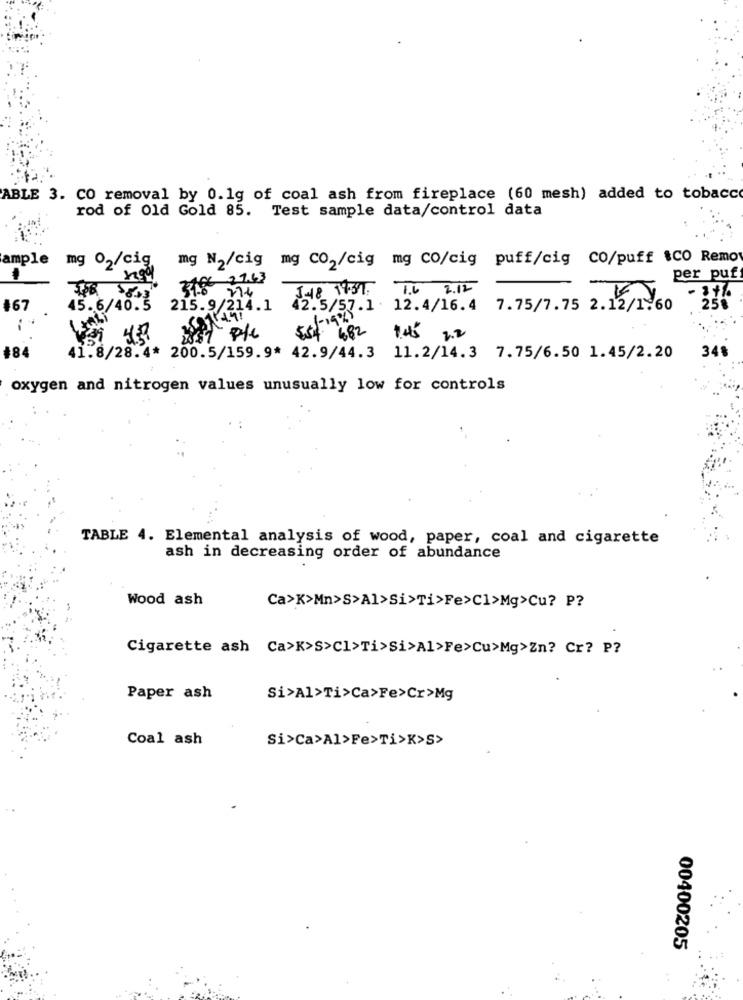
ABLE 3. CO removal by 0.1g of coal ash from fireplace (60 mesh) added to tobacco
rod of Old Gold 85. Test sample data/control data
mg N2/cig mg Co2/cig mg co/cig puff/cig CO/puff $CO Remos
ample mg 02/cig
31.86 27.63
11
per puff
270
J.48 14:31. 7.6 2.12
2581-774.1
#67
45.6/40.5
215.9
42.5/57.1 . 12.4/16.4 7.75/7.75 2.12/1.60
258
$54 4.82 1.45 2.2
#84
41.8/28.4* 200.5/159.9* 42.9/44.3 11.2/14.3 7.75/6.50 1.45/2.20
348
oxygen and nitrogen values unusually low for controls
TABLE 4. Elemental analysis of wood, paper, coal and cigarette
ash in decreasing order of abundance
Wood ash
Ca>K>Mn>S>Al>Si>Ti>Fe>C1>Mg>Cu? P?
Cigarette ash Ca>K>S>Cl>Ti>Si>Al>Fe>Cu>Mg>Zn? Cr? P?
Paper ash
Si>Al>Ti>Ca>Fe>Cr>Mg
Coal ash
Si>Ca>Al>Fe>Ti>K>S>
00400205